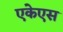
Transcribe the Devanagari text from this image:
एकेएस